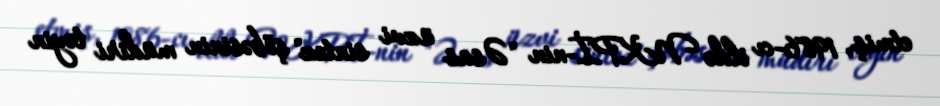
etmiş, 1986-cı ildə NKPİ-nin "Əsas üzvi sintez" şöbəsinin müdiri təyin